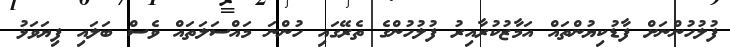
ފުލުހުންނަށް ފާޑުކިޔުންތައް އަމާޒުކުރާއިރު ފުލުހުންގެ ތެރޭގައި ހުންނަ މައްސަލަތައް ވެސް ބަލައި ފިޔަވަޅު